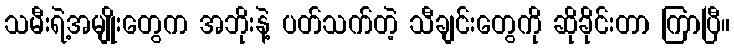
သမီးရဲ့အမျိုးတွေက အဘိုးနဲ့ ပတ်သက်တဲ့ သီချင်းတွေကို ဆိုခိုင်းတာ ကြာပြီ။